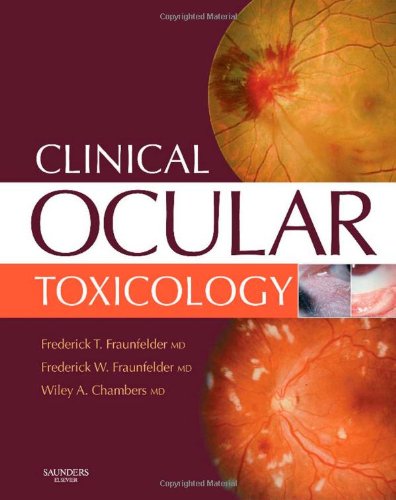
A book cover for Clinical Ocular Toxicology: Drug-Induced Ocular Side Effects, 1e; Frederick T. Fraunfelder MD; Medical Books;